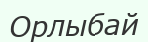
Орлыбай